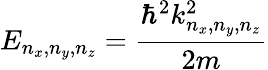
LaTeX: E_{n_{x},n_{y},n_{z}}={\frac{\hbar^{2}k_{n_{x},n_{y},n_{z}}^{2}}{2m}}